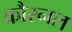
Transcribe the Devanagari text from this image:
कौरनल